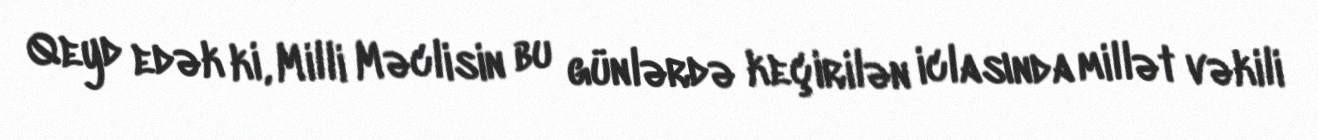
Qeyd edək ki, Milli Məclisin bu günlərdə keçirilən iclasında millət vəkili